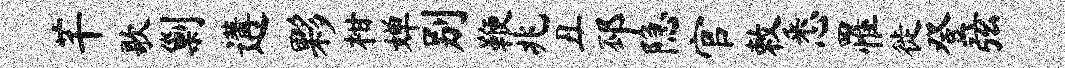
芊歌剿遘夥柑婵别鞭兆丑邳隐官敕悉罹徙登弦